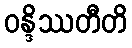
ဝန္ဒိဿတီတိ